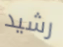
رشيد